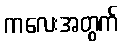
ကလေးအတွက်